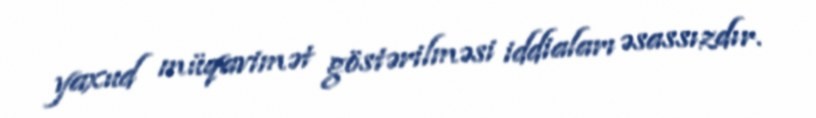
yaxud müqavimət göstərilməsi iddiaları əsassızdır.